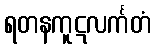
ရတနကူဋလင်္ကတံ